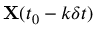
{ \bf X } ( t _ { 0 } - k \delta t )